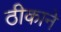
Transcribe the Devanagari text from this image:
ठीकाने